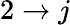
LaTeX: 2\rightarrow j